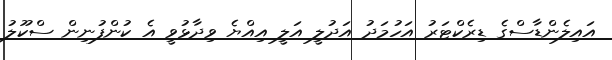
އައިލެންޑާސްގެ ޑިރެކްޓަރު އަހުމަދު އަދުލީ އަލީ އިއްޔެ ވިދާޅުވީ އެ ކުންފުނިން ސްކޫލު